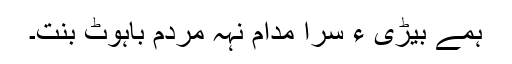
ہمے بیڑی ءِ سرا مدام نہہ مردم باہوٹ بنت۔